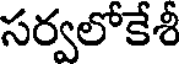
సర్వలోకేశీ